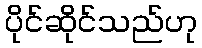
ပိုင်ဆိုင်သည်ဟု